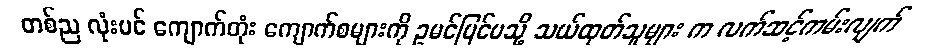
တစ်ည လုံးပင် ကျောက်တုံး ကျောက်စများကို ဥမင်ပြင်ပသို့ သယ်ထုတ်သူများ က လက်ဆင့်ကမ်းလျက်